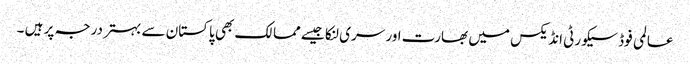
عالمی فوڈ سیکورٹی انڈیکس میں بھارت اور سری لنکا جیسے ممالک بھی پاکستان سے بہتر درجہ پر ہیں ۔